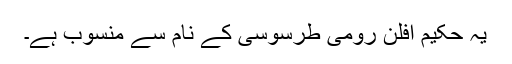
یہ حکیم افلُن رومی طرسوسی کے نام سے منسوب ہے۔